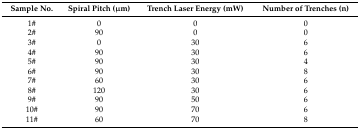
<table><thead><tr><td><b>Sample No.</b></td><td><b>Spiral Pitch (μm)</b></td><td><b>Trench Laser Energy (mW)</b></td><td><b>Number of Trenches (n)</b></td></tr></thead><tbody><tr><td>1#</td><td>0</td><td>0</td><td>0</td></tr><tr><td>2#</td><td>90</td><td>0</td><td>0</td></tr><tr><td>3#</td><td>0</td><td>30</td><td>6</td></tr><tr><td>4#</td><td>90</td><td>30</td><td>6</td></tr><tr><td>5#</td><td>90</td><td>30</td><td>4</td></tr><tr><td>6#</td><td>90</td><td>30</td><td>8</td></tr><tr><td>7#</td><td>60</td><td>30</td><td>6</td></tr><tr><td>8#</td><td>120</td><td>30</td><td>6</td></tr><tr><td>9#</td><td>90</td><td>50</td><td>6</td></tr><tr><td>10#</td><td>90</td><td>70</td><td>6</td></tr><tr><td>11#</td><td>60</td><td>70</td><td>8</td></tr></tbody></table>